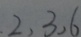
2 , 3 , 6